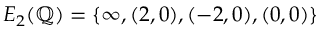
E _ { 2 } ( \mathbb { Q } ) = \{ \infty , ( 2 , 0 ) , ( - 2 , 0 ) , ( 0 , 0 ) \}